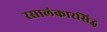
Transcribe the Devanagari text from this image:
रसालंकारसिद्ध